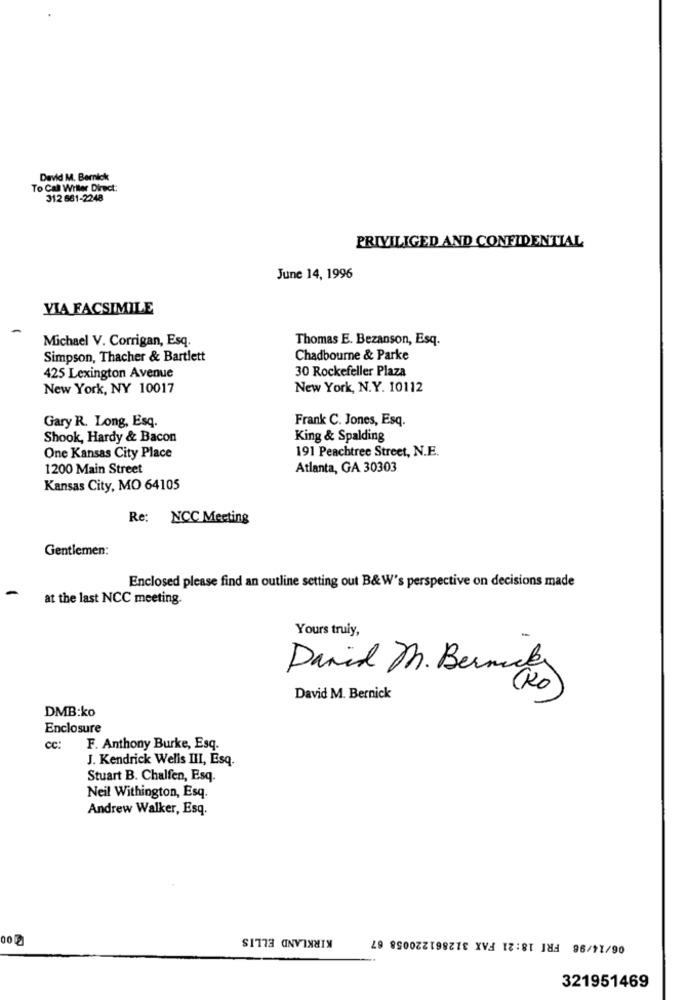
David M. Bernick
To Call Willer Direct:
312 661-2248
PRIVILIGED AND CONFIDENTIAL
June 14, 1996
VIA FACSIMILE
Michael V. Corrigan, Esq.
Thomas E. Bezanson, Esq.
Simpson, Thacher & Bartlett
Chadbourne & Parke
30 Rockefeller Plaza
425 Lexington Avenue
New York, NY 10017
New York, N.Y. 10112
Gary R. Long, Esq.
Frank C. Jones, Esq.
Shook, Hardy & Bacon
King & Spalding
191 Peachtree Street, N.E.
One Kansas City Place
1200 Main Street
Atlanta, GA 30303
Kansas City, MO 64105
Re: NCC Meeting
Gentlemen:
Enclosed please find an outline setting out B&W's perspective on decisions made
at the last NCC meeting.
Yours truly,
David M. Bermakes
David M. Bernick
DMB:ko
Enclosure
cc:
F. Anthony Burke, Esq.
J. Kendrick Wells III, Esq.
Stuart B. Chalfen, Esq.
Neil Withington, Esq.
Andrew Walker, Esq.
KIRKLAND ELLIS
06/14/96 FRI 18:21 FAX 312861220058 67
00
321951469